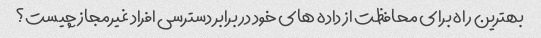
بهترین راه برای محافظت از داده های خود در برابر دسترسی افراد غیرمجاز چیست؟